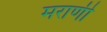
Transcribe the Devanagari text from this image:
मराणी